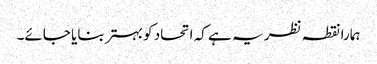
ہمارا نقطہ نظر یہ ہے کہ اتحاد کو بہتر بنایا جائے۔